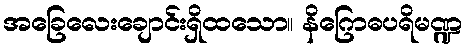
အခြေလေးချောင်းရှိထသော။ နိဂြောဓပရိမဏ္ဍ